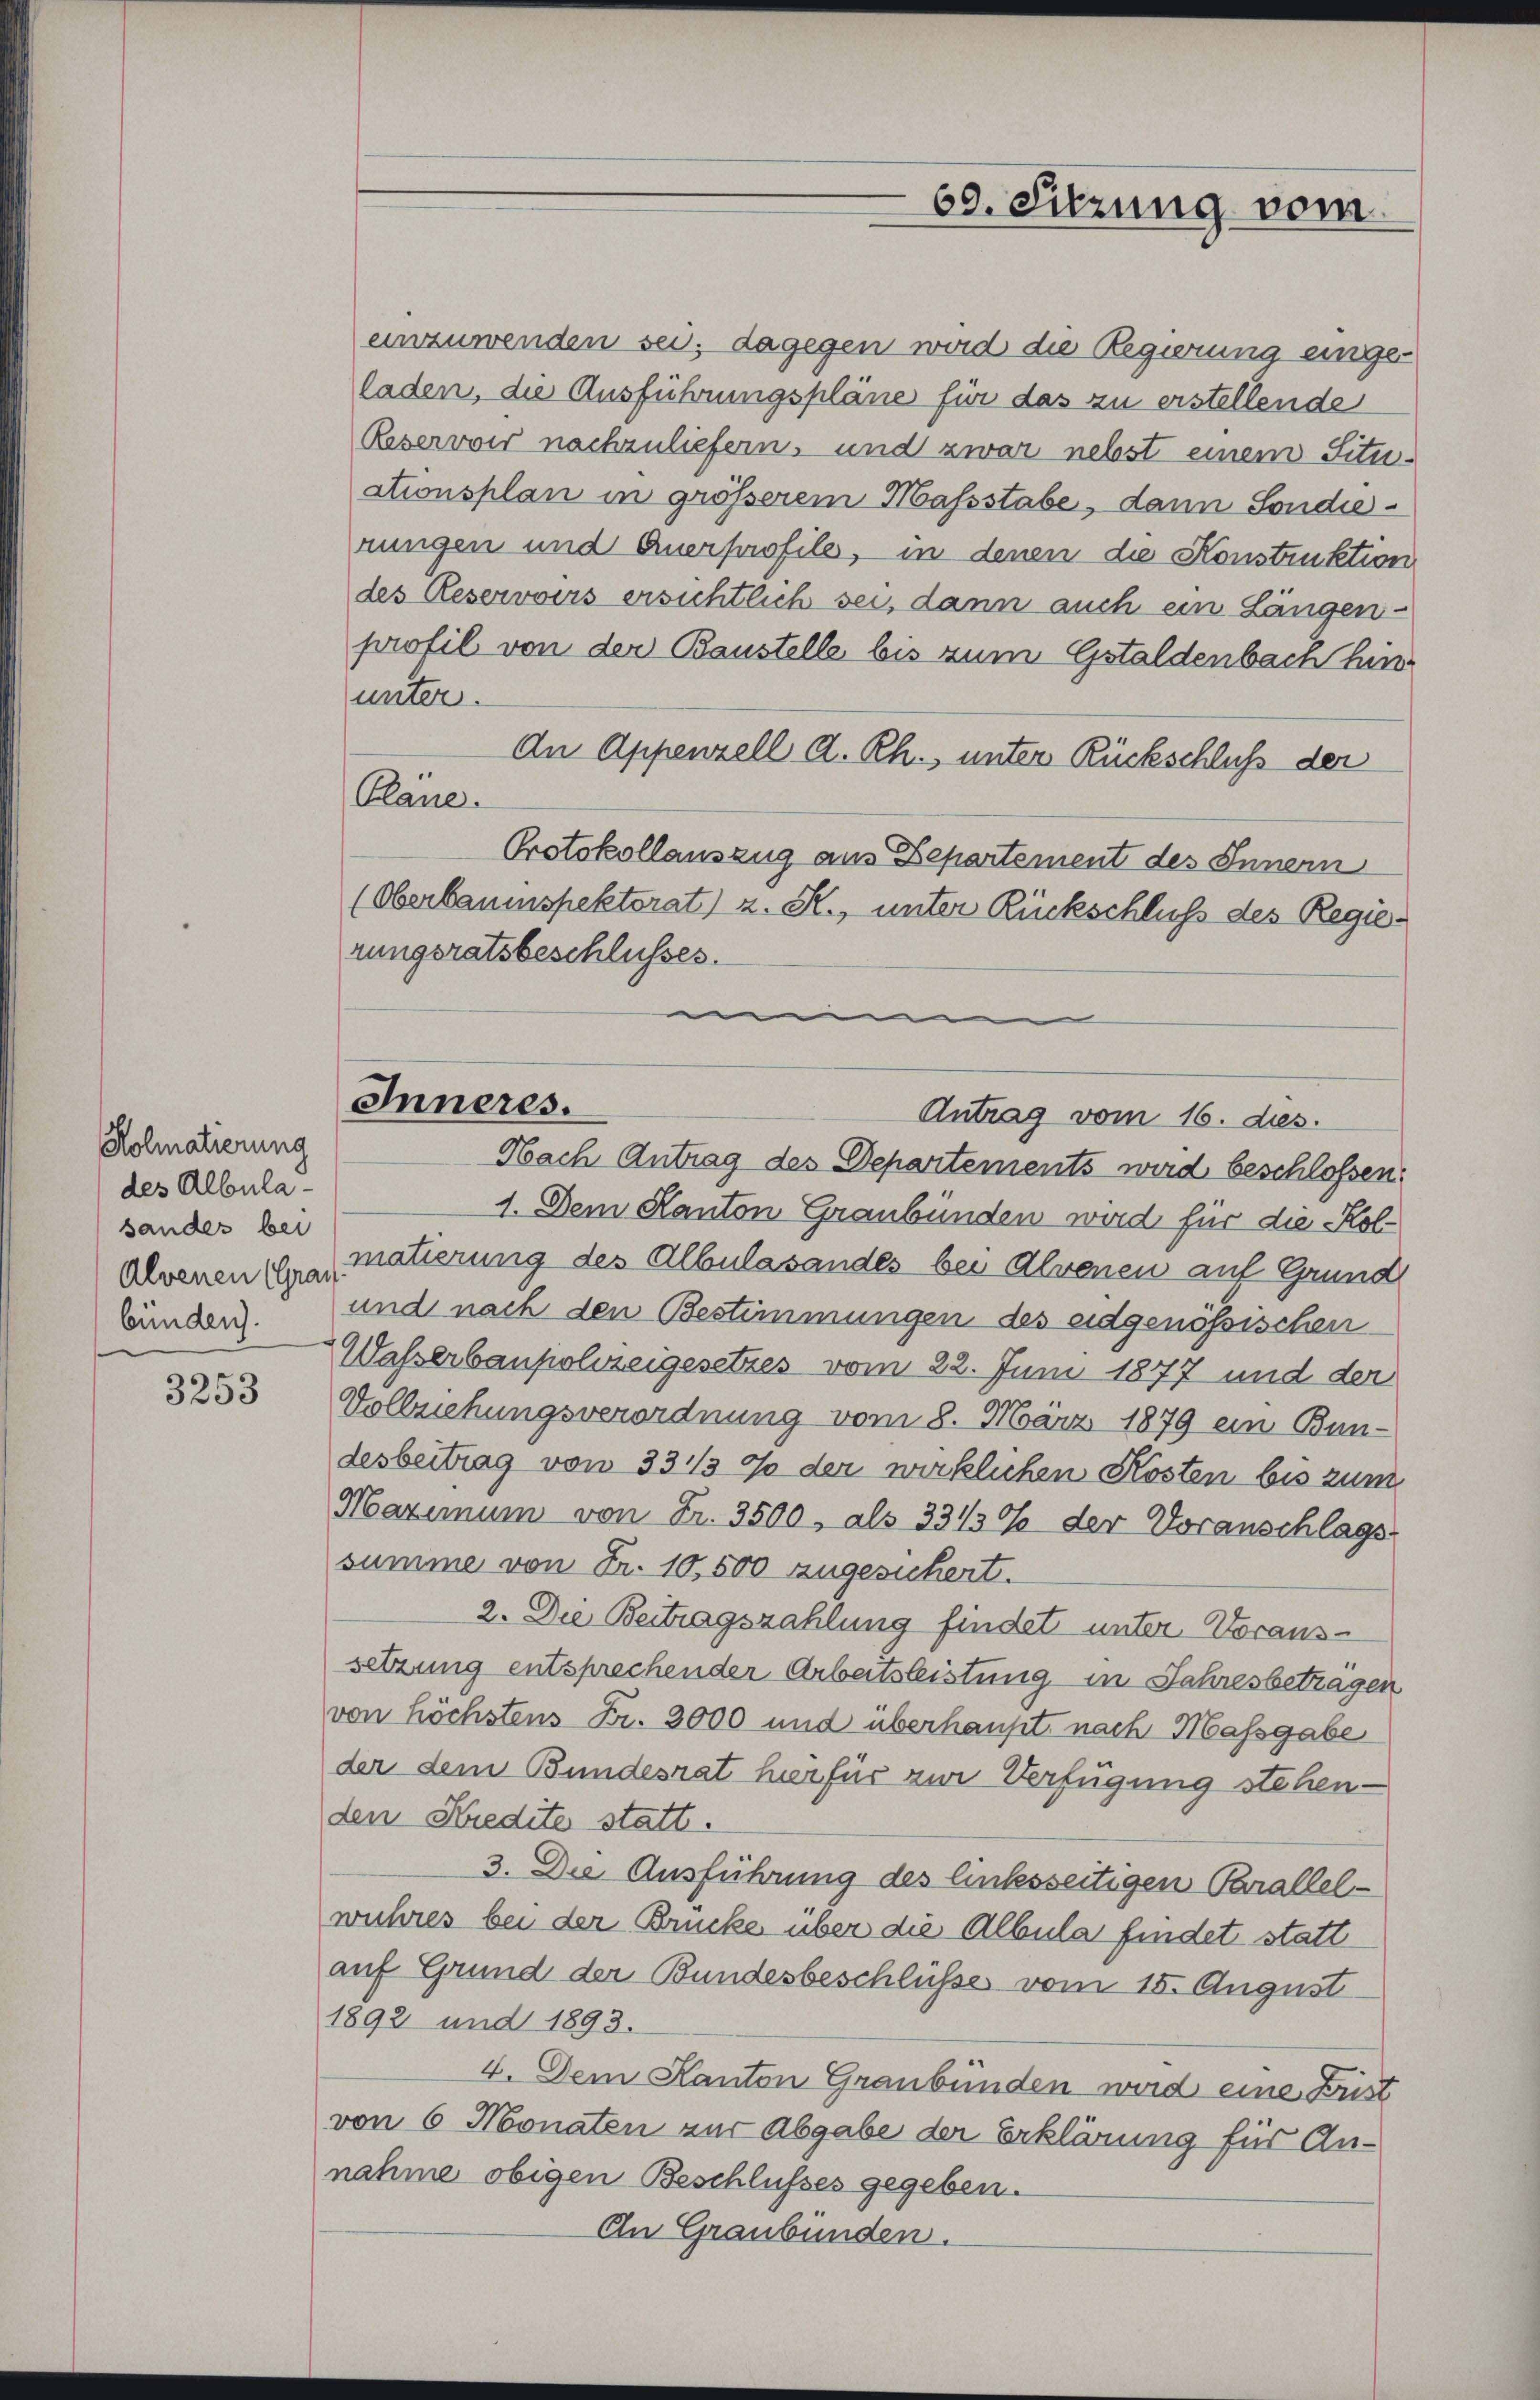
Holmatierung
des Albula
sänder bei
Alvenen (Gras
bünden).

3253

einzuwenden sei; dagegen wird die Regierung einge-
laden, die Ausführungspläne für das zu erstellende
Reservir nachzuliefern, und zwar nebst einem Situ-
ationsplan in grösserem Massstabe, dann Sondierungen und Anerprofile, in denen die Konstruktion
des Reservoirs ersichtlich sei, dann auch ein Längen-
profil von der Baustelle bis zum Gstaldenbach hinunter.
An Appenzell A. Rh., unter Rückschluß der
Plane.
Protokollauszug aus Departement des Innern
(Oberbauinspektorat) z. R., unter Rückschluß des Regierungsratsbeschlusses.
e
Nach Antrag des Departements wird beschlossen:
1. Dem Kanton Graubünden wird für die Kolmatierung des Albulasandes bei Alvenen auf Grund
und nach den Bestimmungen des eidgenössischen
Waßerbaupolizeigesetzes vom 22. Juni 1877 und der
Vollziehungsverordnung vom 8. März 1879 ein Bun-
desbeitrag von 33 1/3 % der wirklichen Kosten bis zum
Maximum von Fr. 3500, als 3313% der Voranschlags
summe von Fr. 10,500 zugesichert.
2. Die Beitragszahlung findet unter Voraussetzung entsprechender Arbeitsleistung in Jahresbetragen
von höchstens Fr. 3000 und überhaupt nach Massgabe
der dem Bundesrat hierfür zur Verfügung stehen -
den Kredite statt.
3. Die Ausführung des linksseitigen Parallelwuhres bei der Brücke über die Albula findet statt
auf Grund der Bundesbeschlüsse vom 15. August
1892 und 1893.
4. Dem Kanton Graubünden wird eine Zust
von 6 Monaten zur Abgabe der Erklärung für Annahme obigen Beschlusses gegeben.
An Graubünden.

69. Sitzung vom

Inneres.
Antrag vom 16. dies.